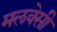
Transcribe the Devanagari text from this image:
मलवेसी